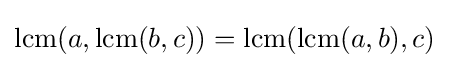
\operatorname {lcm} (a,\operatorname {lcm} (b,c))=\operatorname {lcm} (\operatorname {lcm} (a,b),c)